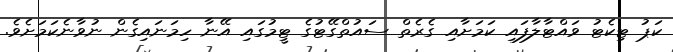
ކަޕު ޓިކެޓު ވައްޓާލާފައި ކަމަށާއި ގެރެތް ސައުތްގޭޓުގެ ޓީމުގައި އޭނާ ހިމަނައިގެން ނުވާނެކަމަށެވެ.